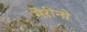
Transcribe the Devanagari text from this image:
मेरीनो